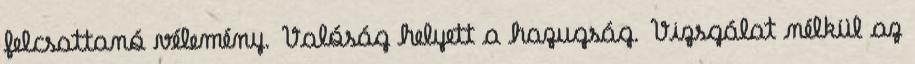
felcsattanó vélemény. Valóság helyett a hazugság. Vizsgálat nélkül az